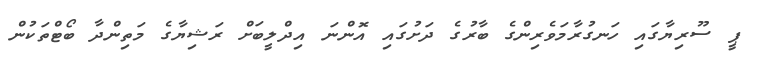
ޕީ ސޫރިޔާގައި ހަނގުރާމަވެރިންގެ ބާރުގެ ދަށުގައި އޮންނަ އިދްލީބަށް ރަޝިޔާގެ މަތިންދާ ބޯޓްތަކުން